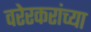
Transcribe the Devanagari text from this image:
वरेरकरांच्या